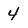
Character: 4